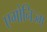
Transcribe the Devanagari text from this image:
एगोनिज्म